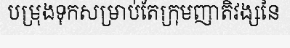
បម្រុងទុកសម្រាប់តែក្រុមញាតិវង្សនៃ